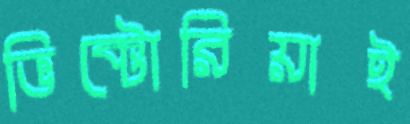
ভিক্টোরিয়াই